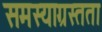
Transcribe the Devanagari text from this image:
समस्याग्रस्तता